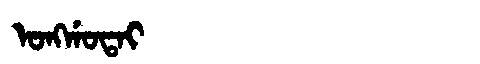
Manchu: ᠣᠩᡤᠣᡨᠠᡳ
Romanization: ONGGOTAI